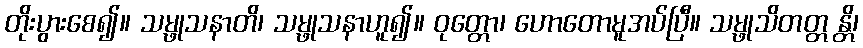
တိုးပွားစေ၍။ သမ္ဖုသနာတိ၊ သမ္ဖုသနာဟူ၍။ ဝုတ္တော၊ ဟောတောမူအပ်ပြီ။ သမ္ဖုသိတတ္တ န္တိ၊